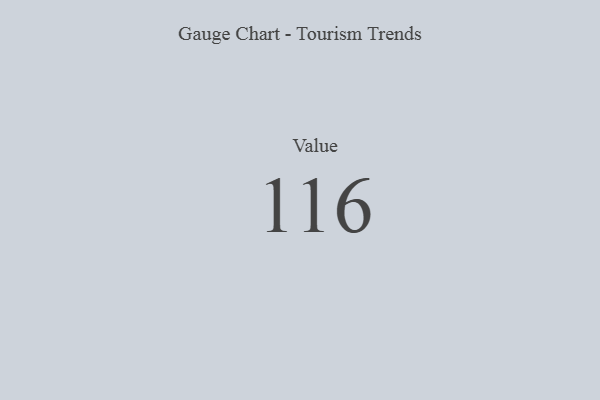
{"axis": {"x": "Metric", "y": "Value"}, "legend": [""], "data": [{"x": "Value", "y": 116, "type": ""}]}